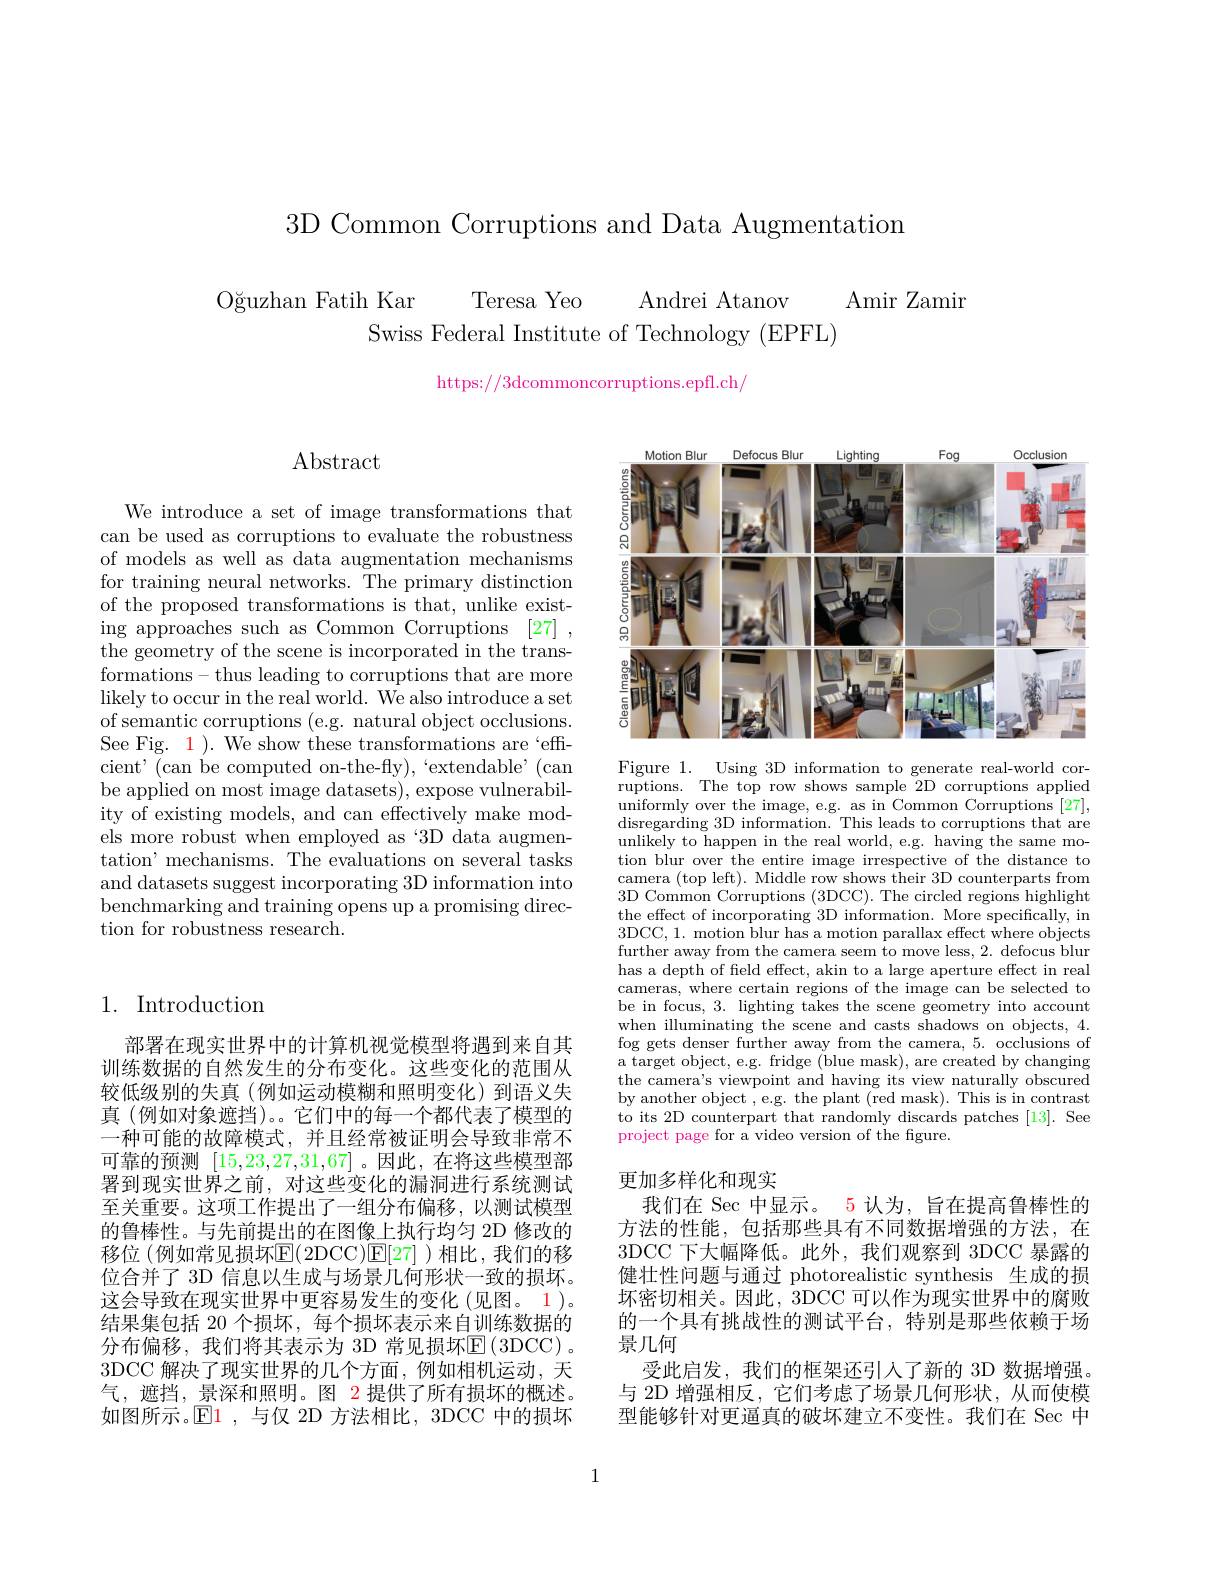
3D Common Corruptions and Data Augmentation

$\begin{array}{c}\mathrm{O\breve{g}uzhan~Fatih~Kar~Teresa~Yeo~Andrei~Atanov}\\\mathrm{Swiss~Federal~Institute~of~Technology~(EPFL)}\end{array}$Amir Zamir

https://3dcommoncorruptions.epfl.ch/

Abstract

We introduce a set of image transformations that can be used as corruptions to evaluate the robustness of models as well as data augmentation mechanisms for training neural networks. The primary distinction of the proposed transformations is that, unlike existing approaches such as Common Corruptions [27] the geometry of the scene is incorporated in the transformations- thus leading to corruptions that are more likely to occur in the real world. We also introduce a set of semantic corruptions (e.g. natural object occlusions. See Fig. $\color{red}{1}).$ We show these transformations are‘effcient' (can be computed on-the-fly),`extendable' (can be applied on most image datasets), expose vulnerability of existing models, and can effectively make models more robust when employed as‘3D data augmentation' mechanisms. The evaluations on several tasks and datasets suggest incorporating 3D information into benchmarking and training opens up a promising direction for robustness research.

## 1. Introduction

部署在现实世界中的计算机视觉模型将遇到来自其训练数据的自然发生的分布变化。这些变化的范围从较低级别的失真(例如运动模糊和照明变化)到语义失真 (例如对象遮挡)。。它们中的每一个都代表了模型的一种可能的故障模式，并且经常被证明会导致非常不可靠的预测[15,23,27,31,67] 。因此，在将这些模型部署到现实世界之前，对这些变化的漏洞进行系统测试至关重要。这项工作提出了一组分布偏移，以测试模型的鲁棒性。与先前提出的在图像上执行均匀 2D 修改的移位 (例如常见损坏E(2DCC)E[27] )相比，我们的移位合并了 3D 信息以生成与场景几何形状一致的损坏。这会导致在现实世界中更容易发生的变化(见图。1)。结果集包括 20 个损坏，每个损坏表示来自训练数据的分布偏移，我们将其表示为 3D 常见损坏$\operatorname{E}\left(3\mathrm{DCC}\right).$ 3DCC 解决了现实世界的几个方面，例如相机运动，天气，遮挡，景深和照明。图 2 提供了所有损坏的概述。如图所示。$\operatorname{El}$1,与仅 2D 方法相比，3DCC 中的损坏

<FigureHere>

Figure 1. Using 3D information to generate real-world corruptions. The top row shows sample 2D corruptions applied uniformly over the image, e.g. as in Common Corruptions [27], disregarding 3D information. This leads to corruptions that are unlikely to happen in the real world, e.g. having the same motion blur over the entire image irrespective of the distance to camera (top left). Middle row shows their 3D counterparts from 3D Common Corruptions (3DCC). The circled regions highlight the effect of incorporating 3D information. More specifically, in 3DCC, 1. motion blur has a motion parallax effect where objects further away from the camera seem to move less, 2. defocus blur has a depth of field effect, akin to a large aperture effect in real cameras, where certain regions of the image can be selected to be in focus, 3. lighting takes the scene geometry into account when illuminating the scene and casts shadows on objects, 4. fog gets denser further away from the camera, 5. occlusions of a target object, e.g. fridge (blue mask), are created by changing the camera's viewpoint and having its view naturally obscured by another object , e.g. the plant (red mask). This is in contrast to its 2D counterpart that randomly discards patches [13]. See project page for a video version of the figure.

更加多样化和现实
我们在 Sec 中显示。5 认为，旨在提高鲁棒性的方法的性能，包括那些具有不同数据增强的方法，在3DCC 下大幅降低。此外，我们观察到 3DCC 暴露的健壮性问题与通过 photorealistic synthesis 生成的损坏密切相关。因此，3DCC 可以作为现实世界中的腐败的一个具有挑战性的测试平台，特别是那些依赖于场景几何
受此启发，我们的框架还引入了新的 3D 数据增强。与 2D 增强相反，它们考虑了场景几何形状，从而使模型能够针对更逼真的破坏建立不变性。我们在 Sec 中

1